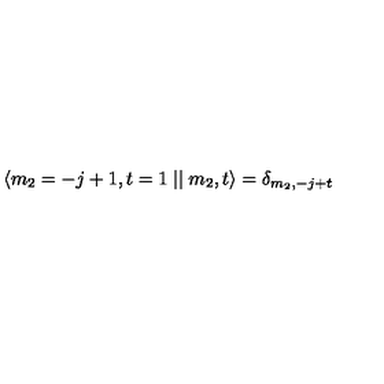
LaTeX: \langle m _ { 2 } = - j + 1 , t = 1 \mid \mid m _ { 2 } , t \rangle = \delta _ { m _ { 2 } , - j + t }